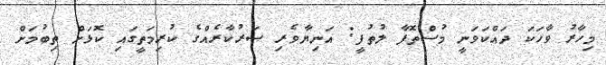
މިހާރު ވާހަކަ ދައްކަވަނީ މުސްތޮފާ ލުތުފީ: އަނިޔާވެރި ސަރުކާރެއްގެ ކުރިމަތީގައި ކޮޅަށް ތިބުމަށް